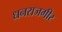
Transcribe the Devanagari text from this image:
धनराजगीर